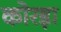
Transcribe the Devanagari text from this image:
कोरड़ा